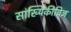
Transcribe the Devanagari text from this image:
सांख्यिकीविज्ञ